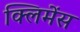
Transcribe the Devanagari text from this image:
क्लिमेंस